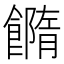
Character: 𩞢